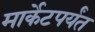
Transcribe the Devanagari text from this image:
मार्केटपर्यंत